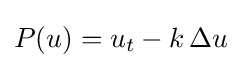
P(u)=u_{t}-k\,\Delta u